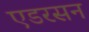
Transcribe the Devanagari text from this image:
एडरसन